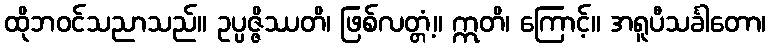
ထိုဘဝင်သညာသည်။ ဥပ္ပဇ္ဇိဿတိ၊ ဖြစ်လတ္တံ့။ ဣတိ၊ ကြောင့်။ အရူပီသင်္ခါတော၊